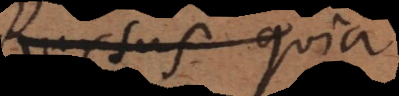
Rursus quia